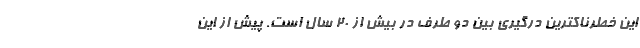
این خطرناکترین درگیری بین دو طرف در بیش از ۲۰ سال است. پیش از این